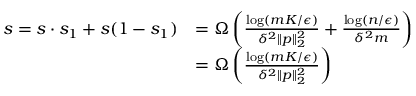
\begin{array} { r l } { s = s \cdot s _ { 1 } + s ( 1 - s _ { 1 } ) } & { = \Omega \left( \frac { \log ( m K / \epsilon ) } { \delta ^ { 2 } \| { \boldsymbol p } \| _ { 2 } ^ { 2 } } + \frac { \log ( n / \epsilon ) } { \delta ^ { 2 } m } \right) } \\ & { = \Omega \left( \frac { \log ( m K / \epsilon ) } { \delta ^ { 2 } \| { \boldsymbol p } \| _ { 2 } ^ { 2 } } \right) } \end{array}